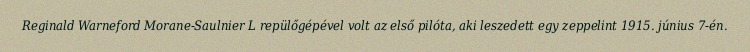
Reginald Warneford Morane-Saulnier L repülőgépével volt az első pilóta, aki leszedett egy zeppelint 1915. június 7-én.